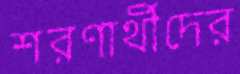
শরণার্থীদের